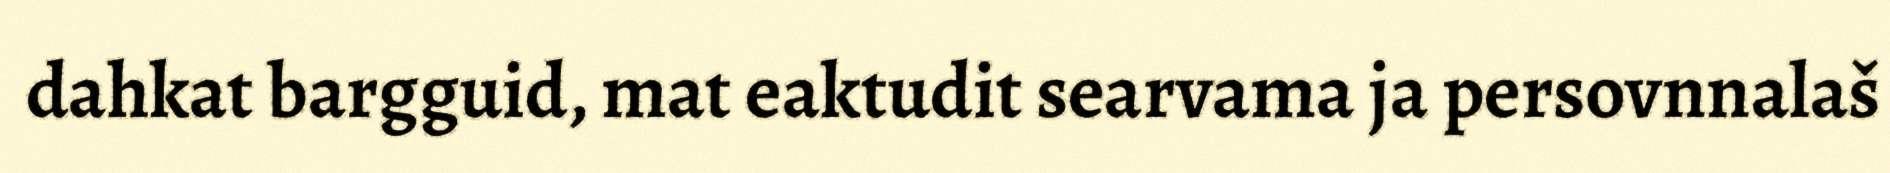
dahkat bargguid, mat eaktudit searvama ja persovnnalaš